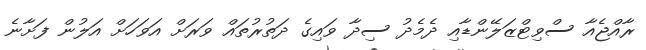
ރާއްޖެއާ ސްވިޓްޒަލޭންޑާއި ދެމެދު ސިދާ ވައިގެ ދަތުރުތައް ވަރަށް އަވަހަށް އަލުން ފަށާނެ